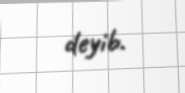
deyib.